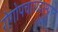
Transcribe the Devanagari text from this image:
रोगोपचारादरम्यान